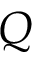
Q